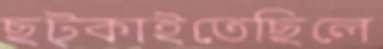
ছট্‌কাইতেছিলে